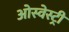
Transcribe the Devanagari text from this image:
ओस्वेस्ट्री